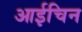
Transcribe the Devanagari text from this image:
आईचिन